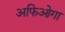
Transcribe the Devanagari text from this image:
अफिओगा